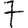
Digit: 7